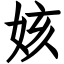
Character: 姟